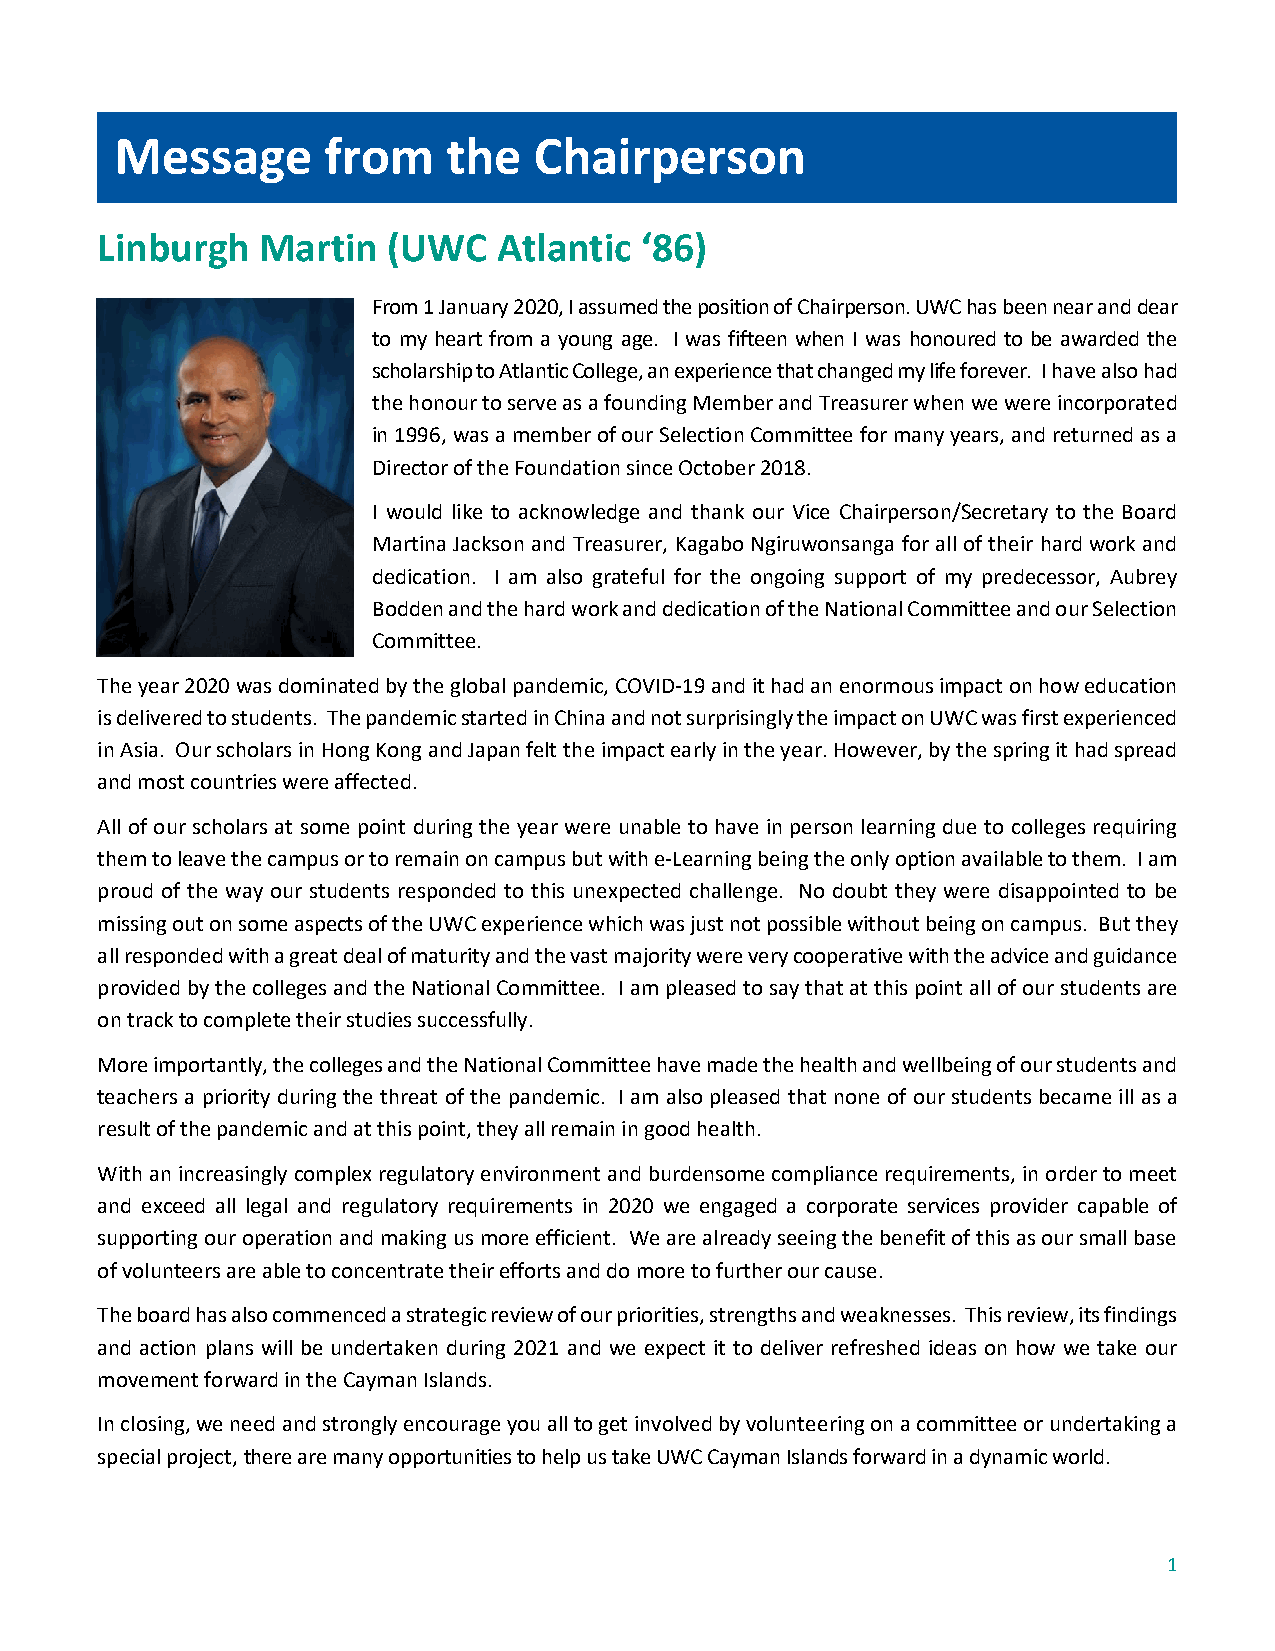
Message      from     the  Chairperson
 Linburgh   Martin   (UWC   Atlantic ‘86)
 From 1 January 2020, I assumed the position of Chairperson. UWC has been near and dear
 to my heart from a young age. I was fifteen when I was honoured to be awarded the
 scholarship to Atlantic College, an experience that changed my life forever. I have also had
 the honour to serve as a founding Member and Treasurer when we were incorporated
 in 1996, was a member of our Selection Committee for many years, and returned as a
 Director of the Foundation since October 2018.
 I would like to acknowledge and thank our Vice Chairperson/Secretary to the Board
 Martina Jackson and Treasurer, Kagabo Ngiruwonsanga for all of their hard work and
 dedication. I am also grateful for the ongoing support of my predecessor, Aubrey
 Bodden and the hard work and dedication of the National Committee and our Selection
 Committee.
 The year 2020 was dominated by the global pandemic, COVID-19 and it had an enormous impact on how education
 is delivered to students. The pandemic started in China and not surprisingly the impact on UWC was first experienced
 in Asia. Our scholars in Hong Kong and Japan felt the impact early in the year. However, by the spring it had spread
 and most countries were affected.
 All of our scholars at some point during the year were unable to have in person learning due to colleges requiring
 them to leave the campus or to remain on campus but with e-Learning being the only option available to them. I am
 proud of the way our students responded to this unexpected challenge. No doubt they were disappointed to be
 missing out on some aspects of the UWC experience which was just not possible without being on campus. But they
 all responded with a great deal of maturity and the vast majority were very cooperative with the advice and guidance
 provided by the colleges and the National Committee. I am pleased to say that at this point all of our students are
 on track to complete their studies successfully.
 More importantly, the colleges and the National Committee have made the health and wellbeing of our students and
 teachers a priority during the threat of the pandemic. I am also pleased that none of our students became ill as a
 result of the pandemic and at this point, they all remain in good health.
 With an increasingly complex regulatory environment and burdensome compliance requirements, in order to meet
 and exceed all legal and regulatory requirements in 2020 we engaged a corporate services provider capable of
 supporting our operation and making us more efficient. We are already seeing the benefit of this as our small base
 of volunteers are able to concentrate their efforts and do more to further our cause.
 The board has also commenced a strategic review of our priorities, strengths and weaknesses. This review, its findings
 and action plans will be undertaken during 2021 and we expect it to deliver refreshed ideas on how we take our
 movement forward in the Cayman Islands.
 In closing, we need and strongly encourage you all to get involved by volunteering on a committee or undertaking a
 special project, there are many opportunities to help us take UWC Cayman Islands forward in a dynamic world.
 1